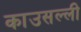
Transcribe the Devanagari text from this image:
काउसल्ली